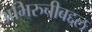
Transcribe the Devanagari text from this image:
अभिरुचीबद्दल